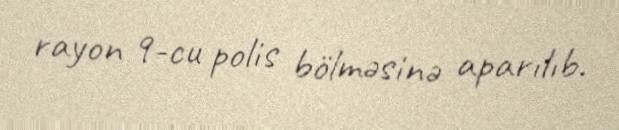
rayon 9-cu polis bölməsinə aparılıb.